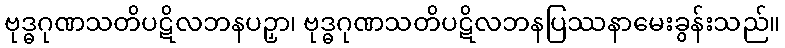
ဗုဒ္ဓဂုဏသတိပဋိလဘနပဉှာ၊ ဗုဒ္ဓဂုဏသတိပဋိလဘနပြဿနာမေးခွန်းသည်။